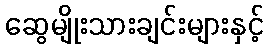
ဆွေမျိုးသားချင်းများနှင့်